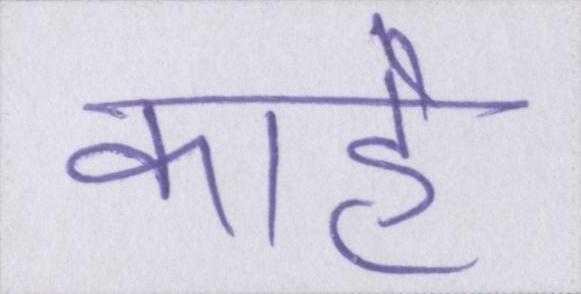
काहे